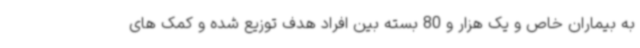
به بیماران خاص و یک هزار و 80 بسته بین افراد هدف توزیع شده و کمک های